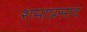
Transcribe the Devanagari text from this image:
शमाप्रसाद